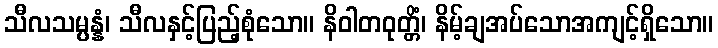
သီလသမ္ပန္နံ၊ သီလနှင့်ပြည့်စုံသော။ နိဝါတဝုတ္တိံ၊ နိမ့်ချအပ်သောအကျင့်ရှိသော။